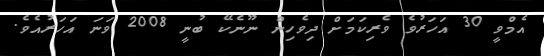
އެމްވީ 30 އަހަރުވެ ވެރިކަމަށް ދިވެހިން ނޫނެކޭ ބުނީ 2008 ވަނަ އަހަރުއެވެ.